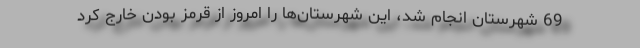
69 شهرستان انجام شد، این شهرستان‌ها را امروز از قرمز بودن خارج کرد